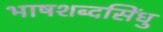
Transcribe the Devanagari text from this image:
भाषशब्दसिंधु